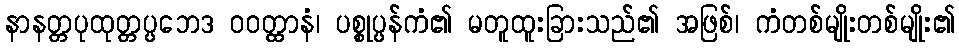
နာနတ္တပုထုတ္တပ္ပဘေဒ ဝဝတ္ထာနံ၊ ပစ္စုပ္ပန်ကံ၏ မတူထူးခြားသည်၏ အဖြစ်၊ ကံတစ်မျိုးတစ်မျိုး၏